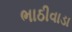
ભાઠીવાડા